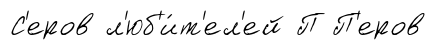
С'еров л'юб'и́т'ел'ей П П'еров